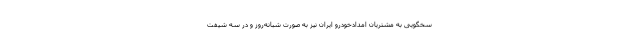
سخگویی به مشتریان امدادخودرو ایران نیز به صورت شبانه‌روز و در سه شیفت